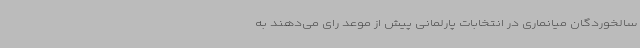
سالخوردگان میانماری در انتخابات پارلمانی پیش از موعد رای می‌دهند به